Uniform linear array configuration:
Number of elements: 24
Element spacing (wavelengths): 0.5
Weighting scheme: exponential
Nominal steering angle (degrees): -15
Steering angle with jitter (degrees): -16.059
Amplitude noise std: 0.05
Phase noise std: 0.05

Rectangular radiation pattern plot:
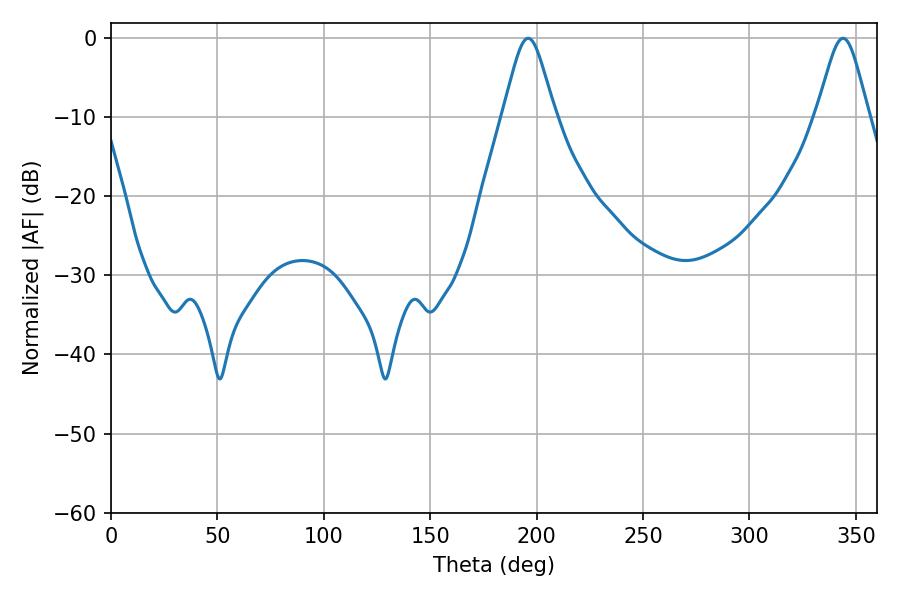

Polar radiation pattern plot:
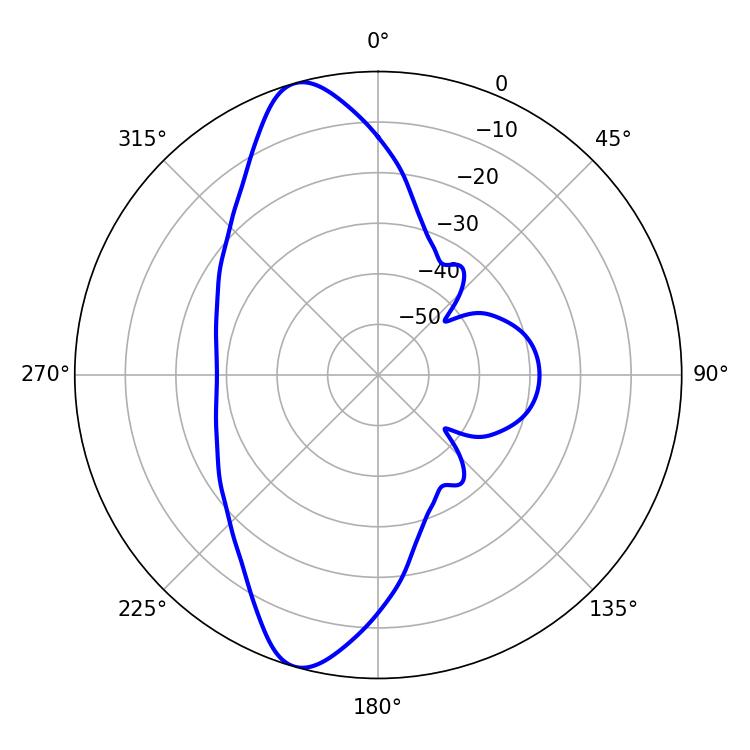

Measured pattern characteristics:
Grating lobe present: FALSE
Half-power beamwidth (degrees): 12.06
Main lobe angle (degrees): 196.02